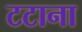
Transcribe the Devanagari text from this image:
टटाना